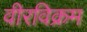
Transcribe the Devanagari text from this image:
वीरविक्रम